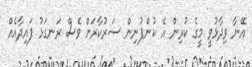
އޭނާ ވިދާޅުވީ މީގެ ކުރިން އެ ކުންފުނިން ސަރުކާރަށް ވެސް ރަނގަޅު ފައިދާއެއް